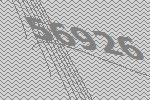
56926